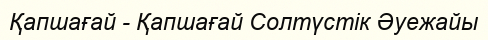
Қапшағай - Қапшағай Солтүстік Әуежайы